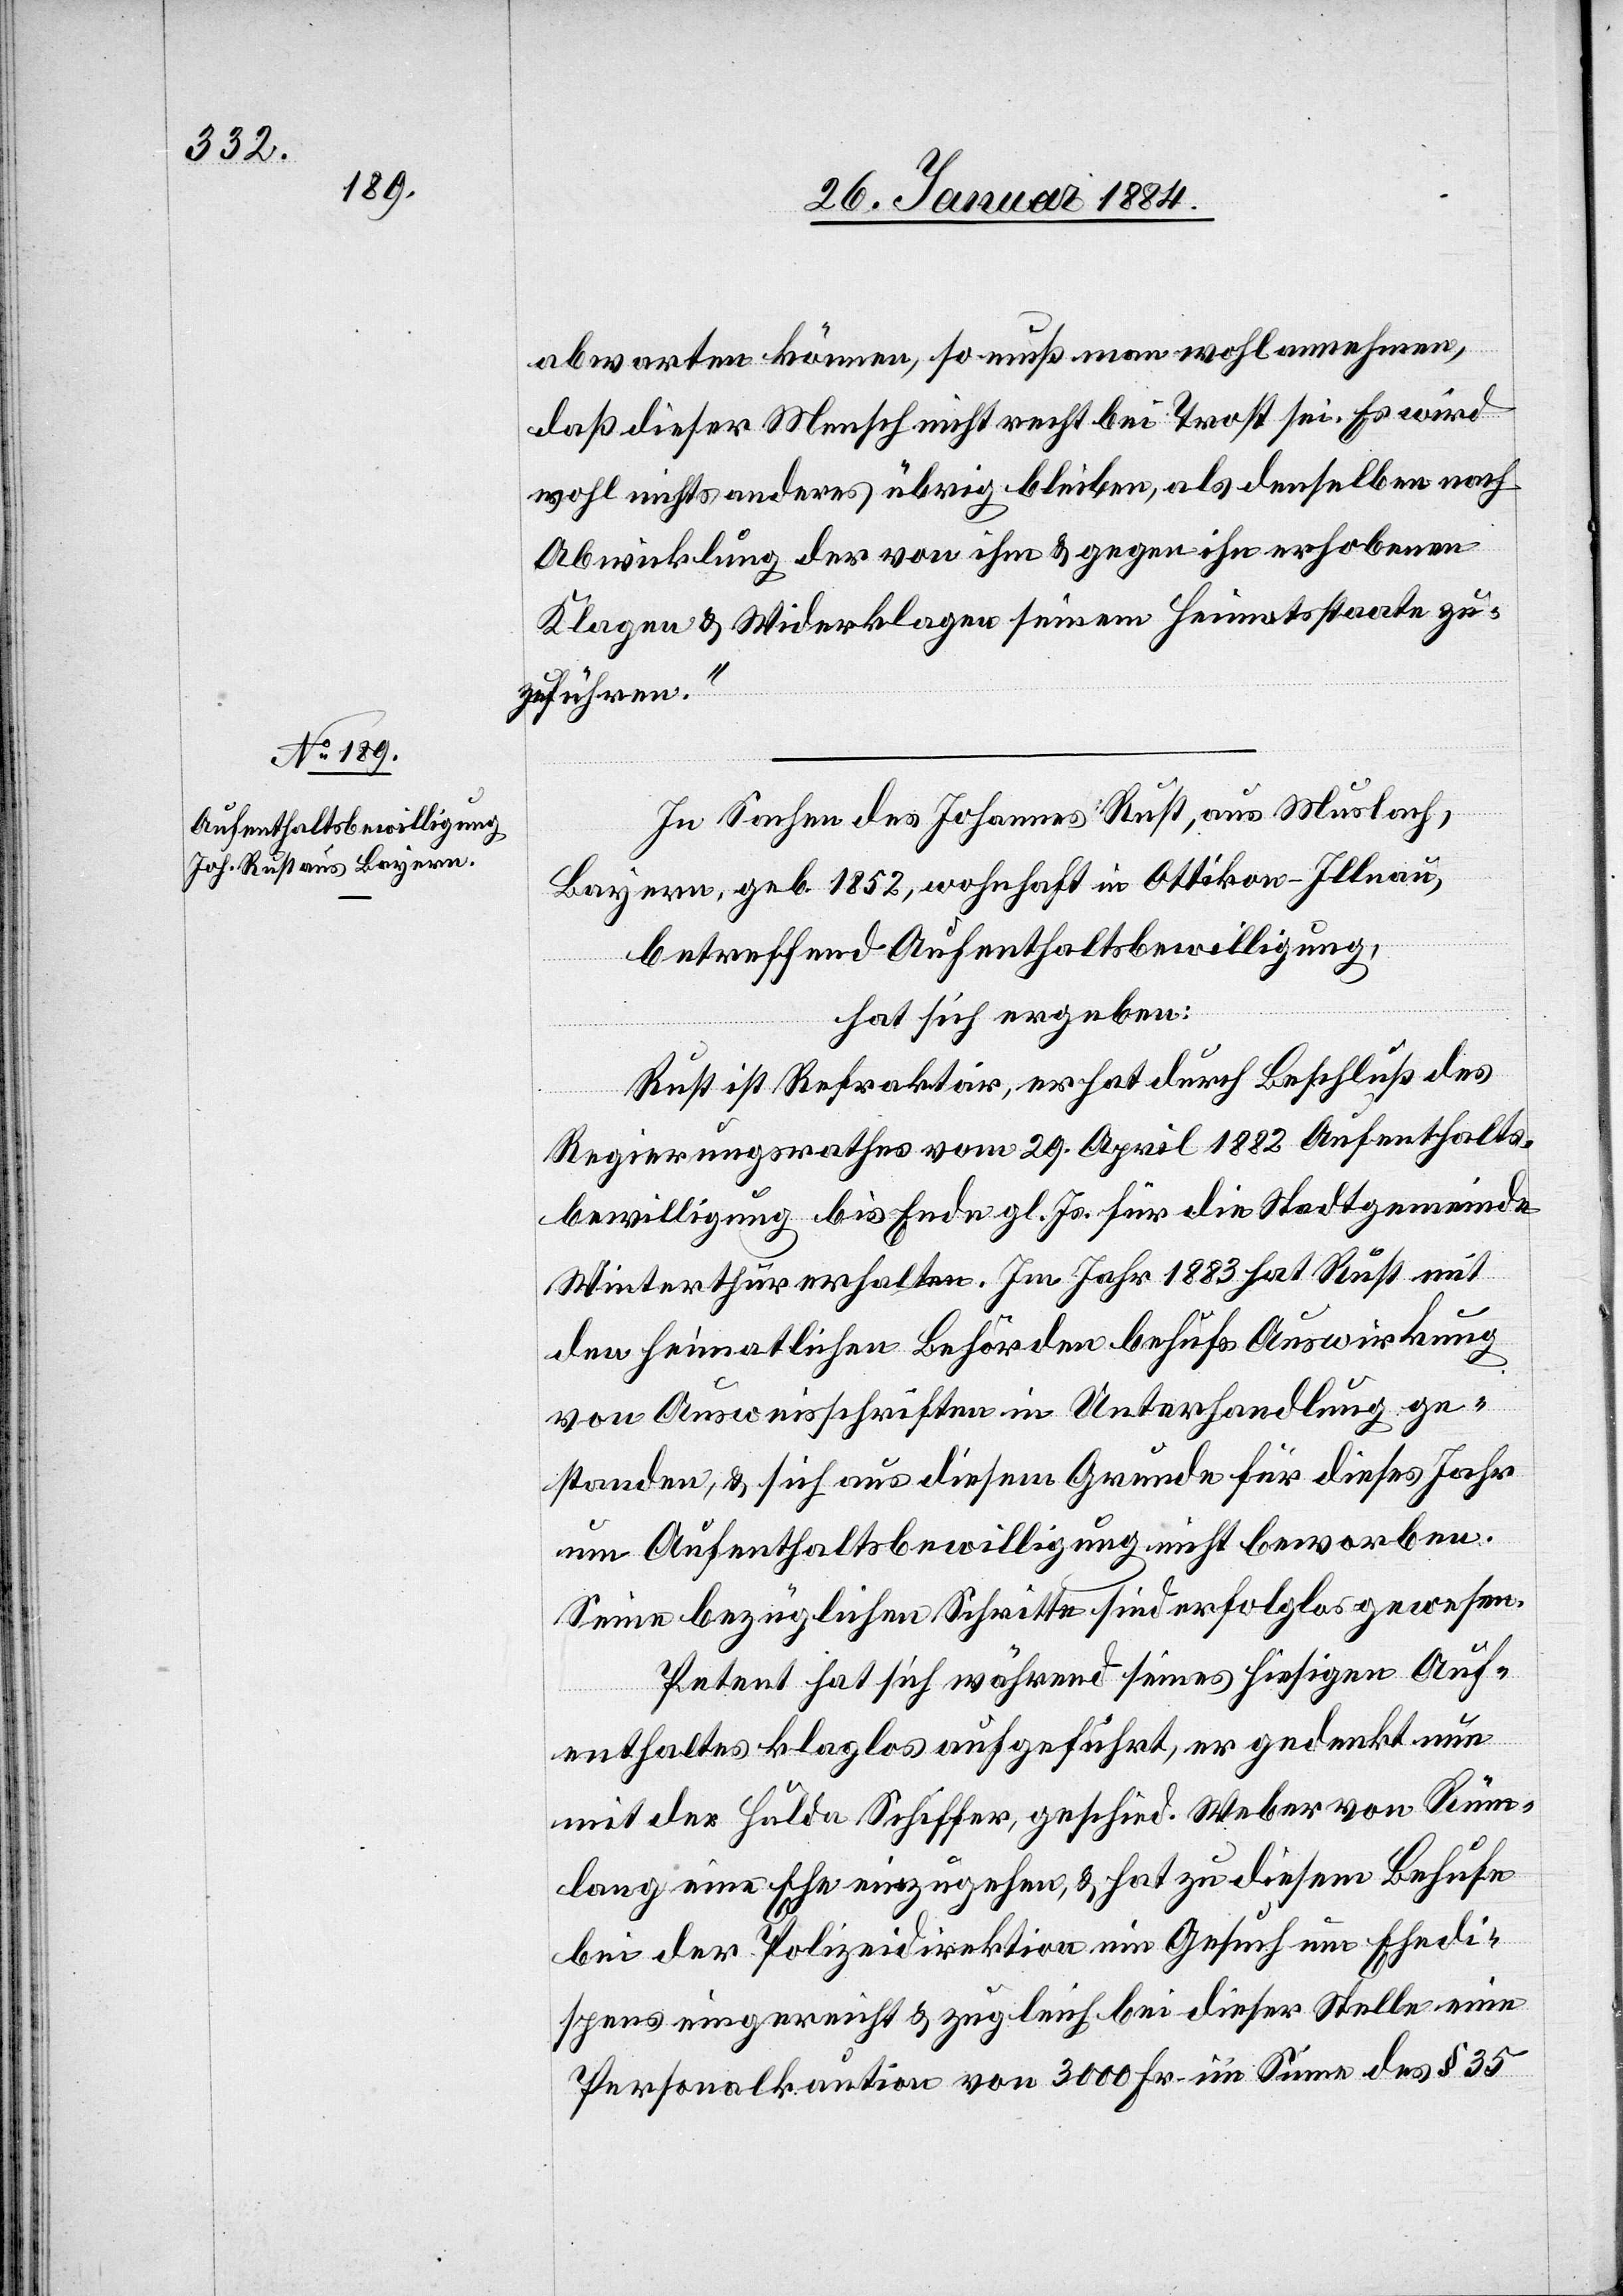
abwarten können, so muß man wohl annehmen,
daß dieser Mensch nicht recht bei Trost sei. Es wird
wohl nichts anderes übrig bleiben, als denselben nach
Abwicklung der von ihm & gegen ihn erhobenen
Klage & Widerklage seiner Heimatsstätte zu¬
zuführen.“
In Sachen des Johannes Rust, aus Musbach,
Bayern, geb. 1852, wohnhaft in Ottikon - Illnau,
betreffend Aufenthaltsbewilligung,
hat sich ergeben:
Rust ist Refraktär, er hat durch Beschluß des
Regierungsrathes vom 29. April 1882 Aufenthalts¬
bewilligung bis Ende gl. Js. für die Stadtgemeinde
Winterthur erhalten. Im Jahr 1883 hat Rust mit
den heimatlichen Behörden behufs Auswirkung
von Ausweisschriften in Unterhandlung ge¬
standen, & sich aus diesem Grunde für dieses Jahr
um Aufenthaltsbewilligung nicht beworben.
Seine bezüglichen Schritte sind erfolglos gewesen.
Petent hat sich während seines hiesigen Auf¬
enthaltes klaglos aufgeführt, er gedenkt nun
mit der Hulde Schiffer, geschied. Weber von Rüm¬
lang eine Ehe einzugehen, & hat zu diesem Behufe
bei der Polizeidirektion ein Gesuch um Ehedi¬
spens eingereicht & zugleich bei dieser Stelle eine
Personalkaution von 3000 Fr. im Sinne des § 35